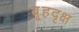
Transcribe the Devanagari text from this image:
बृ्हदृक्ष